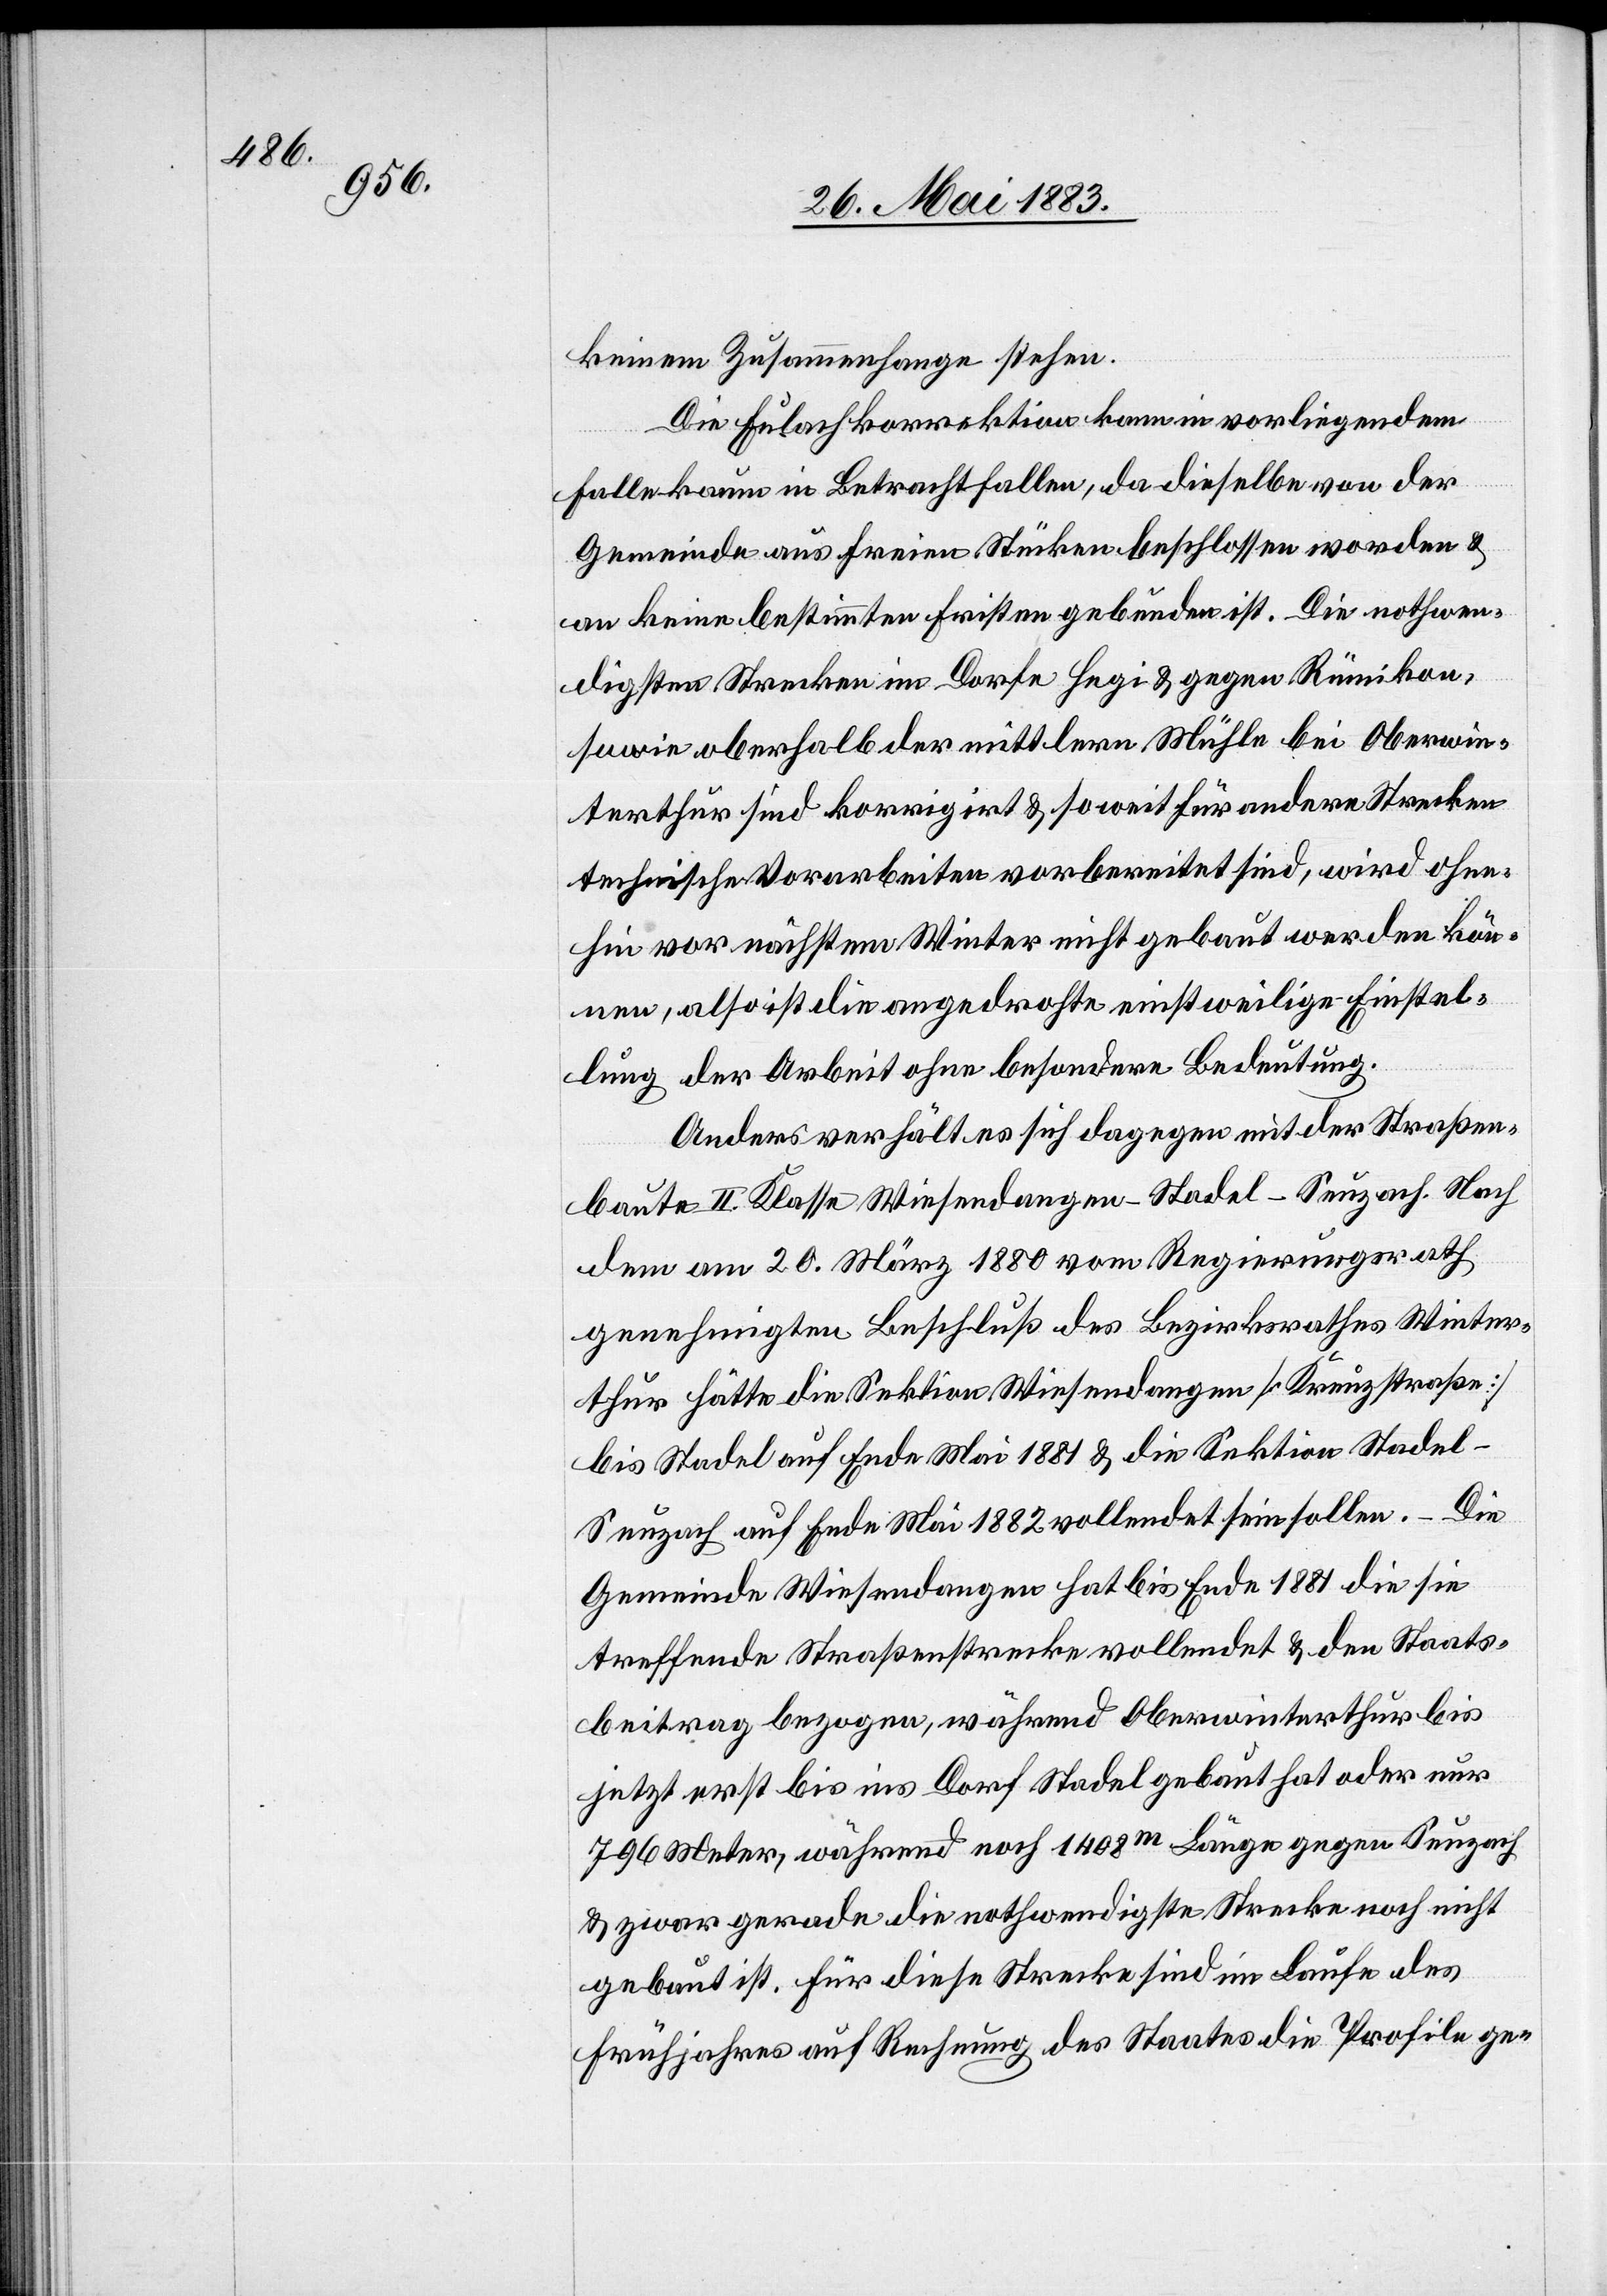
keinen Zusammenhange stehen.
Die Eulachkorrektion kann im vorliegenden
Falle kaum in Betracht fallen, da dieselbe von der
Gemeinde aus freien Stücken beschlossen worden &
an keine bestimmten Fristen gebunden ist. Die nothwen¬
digsten Strecken im Dorfe Hegi & gegen Rümikon,
sowie oberhalb der mittleren Mühle bei Oberwin¬
terthur sind korrigirt & soweit für andere Strecken
technische Vorarbeiten vorbereitet sind, wird ohne¬
hin vor nächstem Winter nicht gebaut werden kön¬
nen, also ist die angedrohte einstweilige Einstel¬
lung der Arbeit ohne besondere Bedeutung.
Anders verhält es sich dagegen mit der Straßen¬
baute II. Klasse Wiesendangen–Stadel–Seuzach. Nach
dem am 20. März 1880 vom Regierungsrath
genehmigten Beschluß des Bezirksrathes Winter¬
thur hätte die Sektion Wiesendangen [Kreuzstraße]
bis Stadel auf Ende Mai 1881 & die Sektion Stadel–S¬
euzach auf Ende Mai 1882 vollendet sein sollen. Die
Gemeinde Wiesendangen hat bis Ende 1881 die sie
treffende Straßenstrecke vollendet & den Staats¬
beitrag bezogen, während Oberwinterthur bis
jetzt erst bis ins Dorf Stadel gebaut hat oder nur
796 Meter, während noch 1408m Länge gegen Seuzach
& zwar gerade die nothwendigste Strecke noch nicht
gebaut ist. Für diese Strecke sind im Laufe des
Frühjahres auf Rechnung des Staates die Profile ge-